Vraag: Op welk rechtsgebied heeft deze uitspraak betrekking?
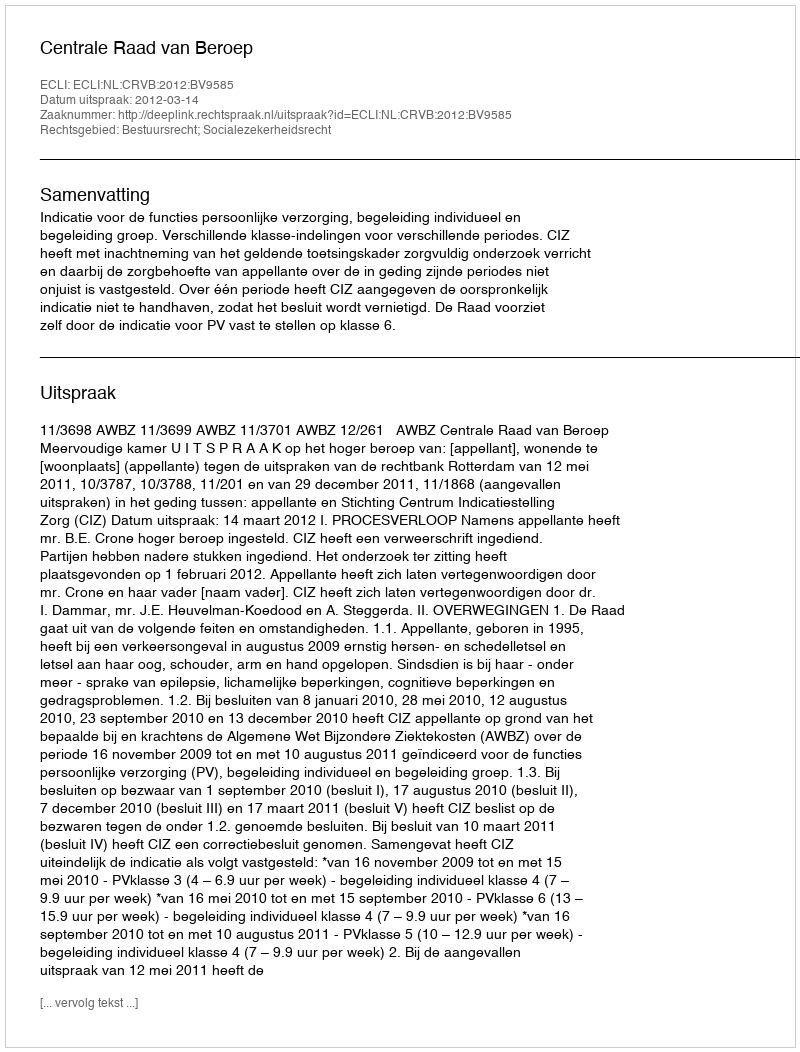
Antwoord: Bestuursrecht; Socialezekerheidsrecht